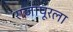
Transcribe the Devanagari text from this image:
राजापूरला